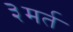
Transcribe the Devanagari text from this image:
३मर्त